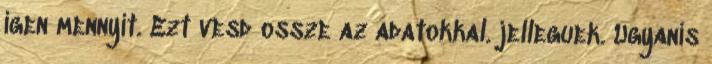
igen mennyit. Ezt vesd ossze az adatokkal. jelleguek. Ugyanis